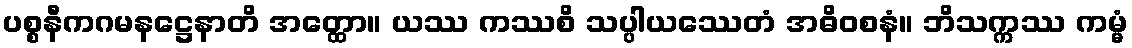
ပစ္စနီကဂမနဋ္ဌေနာတိ အတ္ထော။ ယဿ ကဿစိ သပ္ပါယဿေတံ အဓိဝစနံ။ ဘိသက္ကဿ ကမ္မံ